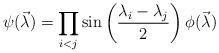
LaTeX: \begin{align*}\psi (\vec{\lambda } ) = \prod_{i<j} \sin \left(\frac{\lambda_{i} -\lambda_{j} }{2} \right) \phi (\vec{\lambda } )\end{align*}